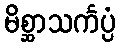
မိစ္ဆာသင်္ကပ္ပံ